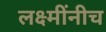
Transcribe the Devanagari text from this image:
लक्ष्मींनीच